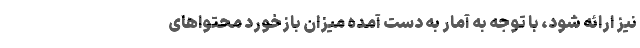
نیز ارائه شود، با توجه به آمار به دست آمده میزان بازخورد محتواهای